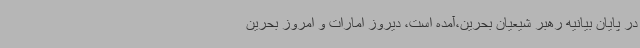
در پایان بیانیه رهبر شیعیان بحرین،آمده است، دیروز امارات و امروز بحرین